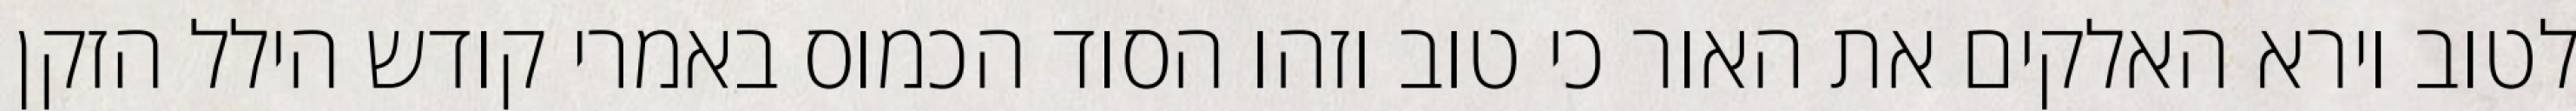
לטוב וירא האלקים את האור כי טוב וזהו הסוד הכמוס באמרי קודש הילל הזקן